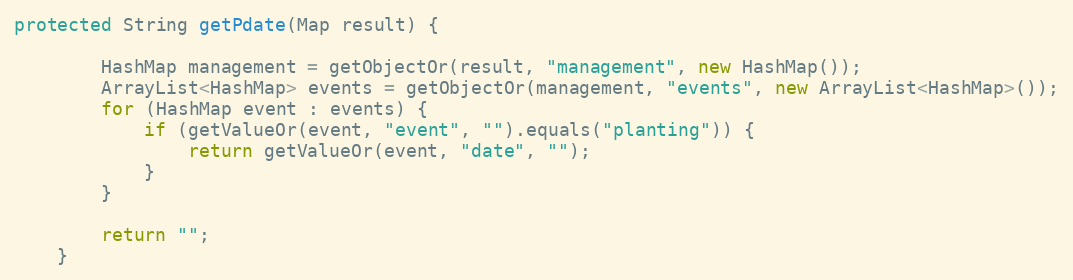
Language: Java
protected String getPdate(Map result) {

        HashMap management = getObjectOr(result, "management", new HashMap());
        ArrayList<HashMap> events = getObjectOr(management, "events", new ArrayList<HashMap>());
        for (HashMap event : events) {
            if (getValueOr(event, "event", "").equals("planting")) {
                return getValueOr(event, "date", "");
            }
        }

        return "";
    }